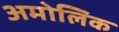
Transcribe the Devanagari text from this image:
अमोलिक